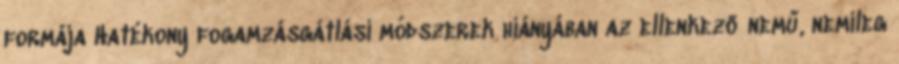
formája Hatékony fogamzásgátlási módszerek hiányában az ellenkező nemű, nemileg